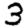
Digit: 3